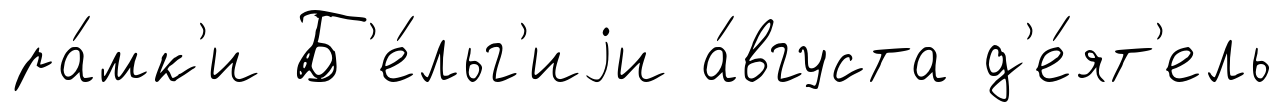
ра́мк'и Б'е́льг'иjи а́вгуста д'е́ят'ель